Plague in India, 1896, 1897 - Volume 1
Year: 1896
Disease focus: Plague
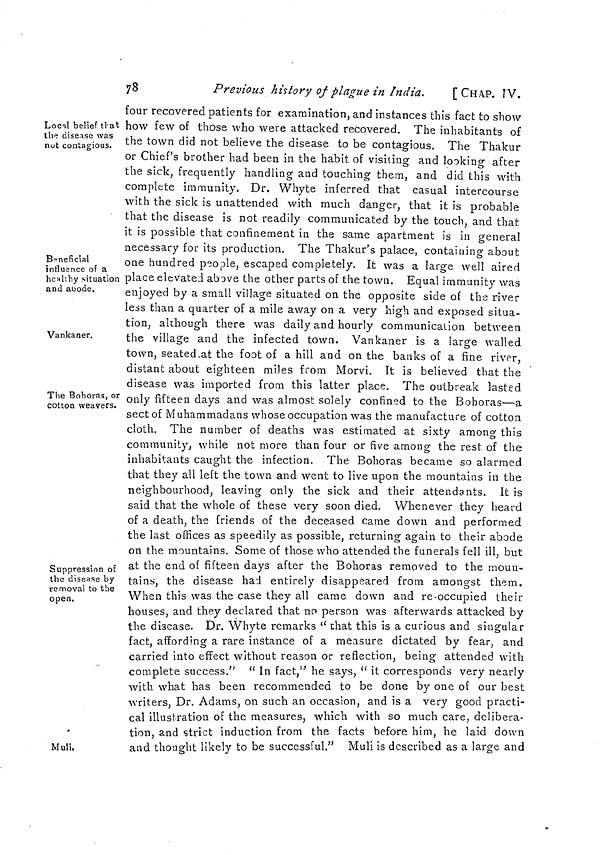
78
Previous history of plague in India.
[CHAP. IV.
Local belief that
the disease was
nut contagious.
Beneficial
influence of a
healthy situation
and abode.
Vankaner.
The Bohoras, or
cotton weavers.
Suppression of
the disease by
removal to the
open.
Muli.
four recovered patients for examination, and instances this fact to show
how few of those who were attacked recovered. The inhabitants of
the town did not believe the disease to be contagious. The Thakur
or Chief's brother had been in the habit of visiting and looking after
the sick, frequently handling and touching them, and did this with
complete immunity. Dr. Whyte inferred that casual intercourse
with the sick is unattended with much danger, that it is probable
that the disease is not readily communicated by the touch, and that,
it is possible that confinement in the same apartment is in general
necessary for its production. The Thakur's palace, containing about
one hundred people, escaped completely. It was a large well aired
place elevated above the other parts of the town. Equal immunity was
enjoyed by a small village situated on the opposite side of the river
less than a quarter of a mile away on a very high and exposed situa-
tion, although there was daily and hourly communication between
the village and the infected town. Vankaner is a large walled
town, seated at the foot of a hill and on the banks of a fine river,
distant about eighteen miles from Morvi. It is believed that the
disease was imported from this latter place. The outbreak lasted
only fifteen days and was almost solely confined to the Bohoras—a
sect of Muhammadans whose occupation was the manufacture of cotton
cloth. The number of deaths was estimated at sixty among this
community, while not more than four or five among the rest of the
inhabitants caught the infection. The Bohoras became so alarmed
that they all left the town and went to live upon the mountains in the
neighbourhood, leaving only the sick and their attendants. It is
said that the whole of these very soon died. Whenever they heard
of a death, the friends of the deceased came down and performed
the last offices as speedily as possible, returning again to their abode
on the mountains. Some of those who attended the funerals fell ill, but
at the end of fifteen days after the Bohoras removed to the moun-
tains, the disease had entirely disappeared from amongst them.
When this was the case they all came down and re-occupied their
houses, and they declared that no person was afterwards attacked by
the disease. Dr. Whyte remarks " chat this is a curious and singular
fact, affording a rare instance of a measure dictated by fear, and
carried into effect without reason or reflection, being attended with
complete success." " In fact," he says, " it corresponds very nearly
with what has been recommended to be done by one of our best
writers, Dr. Adams, on such an occasion, and is a very good practi-
cal illustration of the measures, which with so much care, delibera-
tion, and strict induction from the facts before him, he laid down
and thought likely to be successful." Muli is described as a large and